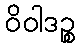
ဝိဝါဒဉ္စ